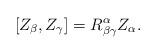
LaTeX: \begin{align*}[Z_\beta,Z_\gamma] = R^\alpha_{\beta\gamma} Z_\alpha.\end{align*}